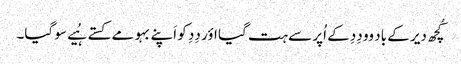
کُچھ دیر کے باد وو دِدِ کے اُپر سے ہت گیا اؤر دِدِ کو اَپنے بہو مے کستے ہُیے سو گیا۔